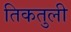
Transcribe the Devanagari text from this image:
तिकतुली